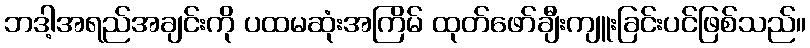
ဘဒါ့အရည်အချင်းကို ပထမဆုံးအကြိမ် ထုတ်ဖော်ချီးကျူးခြင်းပင်ဖြစ်သည်။